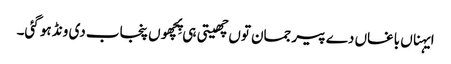
ایہناں باغاں دے پیر جمان توں چھیتی ہی پِچھوں پنجاب دی ونڈ ہو گئی۔